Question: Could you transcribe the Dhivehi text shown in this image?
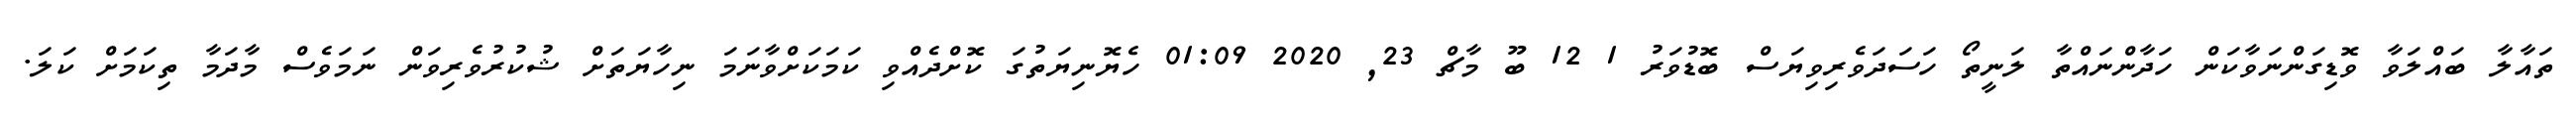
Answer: ތައާލާ ބައްލަވާ ވޮޑިގަންނަވާކަން ހަދާންނައްތާ ލަނީތޯ ހަސަދަވެރިވިޔަސް ބޮޑުވަރު 1 12 ބޫ މާޗް 23, 2020 01:09 ހެޔޮނިޔަތުގަ ކޮށްދެއްވި ކަމަކަށްވާނަމަ ނިހާޔަތަށް ޝުކުރުވެރިވަން ނަމަވެސް މާދަމާ ތިކަމަށް ކަލަ.